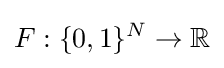
F:\{0,1\}^{N}\to \mathbb {R}